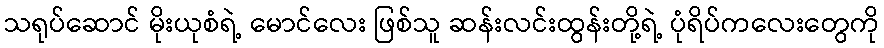
သရုပ်ဆောင် မိုးယုစံရဲ့ မောင်လေး ဖြစ်သူ ဆန်းလင်းထွန်းတို့ရဲ့ ပုံရိပ်ကလေးတွေကို